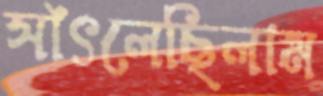
সাঁৎলেছিলাম